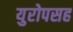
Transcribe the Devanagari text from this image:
युरोपसह